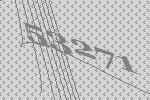
53271